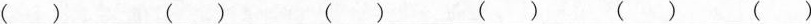
() () () () () ()